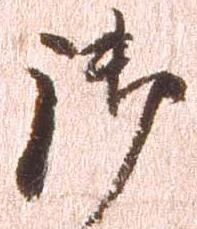
御